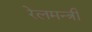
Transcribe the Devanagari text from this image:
रेलमन्त्री